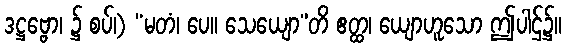
ဒဋ္ဌဗ္ဗော၊ ၌ စပ်၊) “မတံ၊ ပေ။ သေယျော”တိ ဧတ္ထ၊ ယျောဟူသော ဤပါဌ်၌။